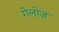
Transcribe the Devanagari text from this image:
गेलोज़